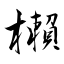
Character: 櫴